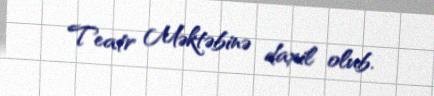
Teatr Məktəbinə daxil olub.